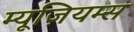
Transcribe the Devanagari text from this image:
म्यूज़ियम्स